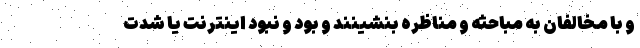
و با مخالفان به مباحثه و مناظره بنشینند و بود و نبود اینترنت یا شدت